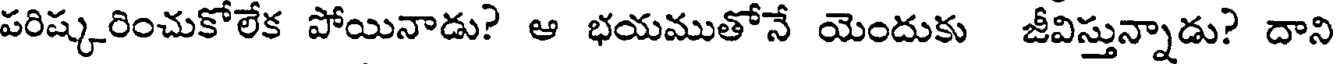
పరిష్కరించుకోలేక పోయినాడు? ఆ భయముతోనే యెందుకు జీవిస్తున్నాడు? దాని